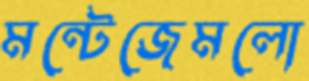
মন্টেজেমলো